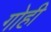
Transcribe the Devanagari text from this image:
गोही